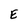
Character: E